Civil Veterinary Department. Madras. Admin. report 1926-33 - 1926-1933
Year: 1926
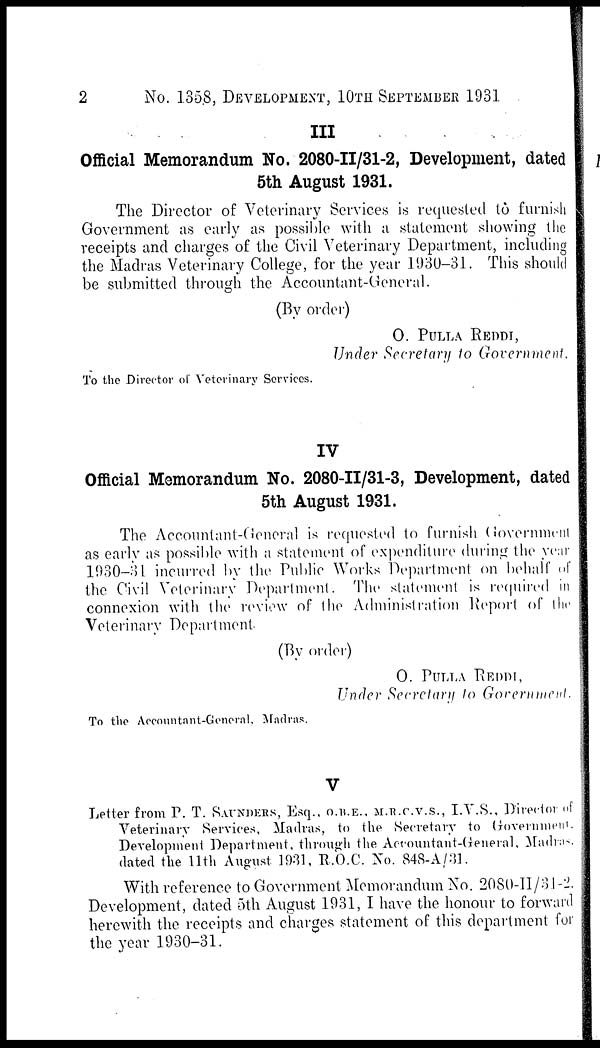
2
No. 1358, DEVELOPMENT, 10TH SEPTEMBER 1931
III
Official Memorandum No. 2080-II/31-2, Development, dated
5th August 1931.
The Director of Veterinary Services is requested to furnish
Government as early as possible with a statement showing the
receipts and charges of the Civil Veterinary Department, including
the Madras Veterinary College, for the year 1930-31. This should
be submitted through the Accountant-General.
(By order)
O. PULLA REDDI,
Under Secretary to Government.
To the Director of Veterinary Sorvices.
IV
Official Memorandum No. 2080-II/31-3, Development, dated
5th August 1931.
The Accountant-General is requested to furnish Government
as early as possible with a statement of expenditure during the year
1930-31 incurred by the Public Works Department on behalf of
the Civil Veterinary Department. The statement is required in
connexion with the review of the Administration Report of the
Veterinary Department.
(By order)
O. PULLA REDDI,
Under Secretary to Government.
To the Accountant-General, Madras.
V
Letter from P. T. SAUNDERS, Esq., O.B.E., M.R.C.V.S., I.V.S., Director of
Veterinary Services, Madras, to the Secretary to Government.
Development Department, through the Accountant-General, Madras.
dated the 11th August 1931, R.O.C. No. 848-A/31.
With reference to Government Memorandum No. 2080-II/31-2.
Development, dated 5th August 1931, I have the honour to forward
herewith the receipts and charges statement of this department for
the year 1930-31.